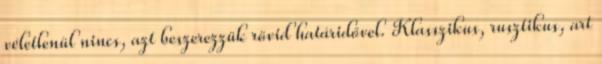
véletlenül nincs, azt beszerezzük rövid határidővel. Klasszikus, rusztikus, art